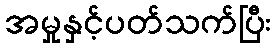
အမှုနှင့်ပတ်သက်ပြီး